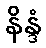
နိန္ဒံ